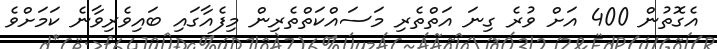
އެގޮތުން 400 އަށް ވުރެ ގިނަ އަތްތެރި މަސައްކަތްތެރިން މިފެއާގައި ބައިވެރިވާނެ ކަމަށްވެ